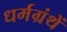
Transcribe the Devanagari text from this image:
धर्मग्रंथें